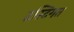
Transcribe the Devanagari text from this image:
दृस्टिगत